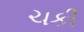
ચકી